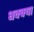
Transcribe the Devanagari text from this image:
धक्क्या